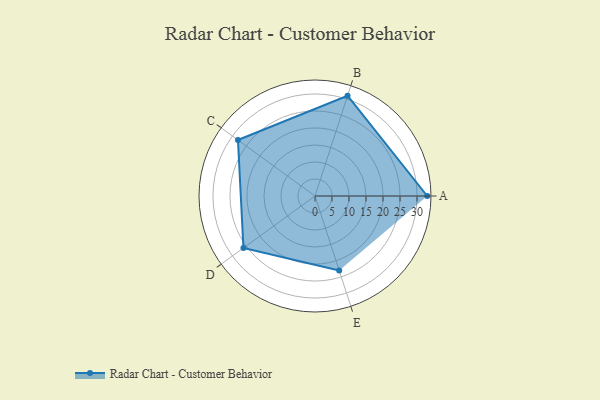
{"axis": {"x": "Skill", "y": "Score"}, "legend": ["Profile"], "data": [{"x": "A", "y": 33.0, "type": "Profile"}, {"x": "B", "y": 31.0, "type": "Profile"}, {"x": "C", "y": 28.0, "type": "Profile"}, {"x": "D", "y": 26.0, "type": "Profile"}, {"x": "E", "y": 23.0, "type": "Profile"}]}